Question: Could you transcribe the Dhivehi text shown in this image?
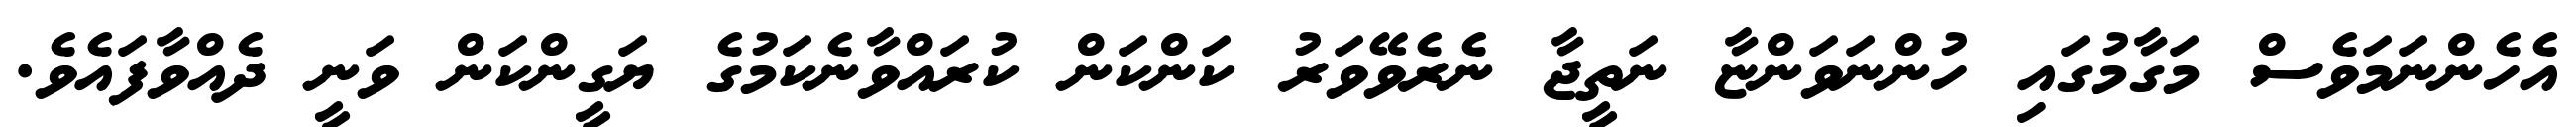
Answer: އެހެންނަމަވެސް މަގާމުގައި ހުންނަވަންޏާ ނަތީޖާ ނެރެވޭވަރު ކަންކަން ކުރައްވާނެކަމުގެ ޔަގީންކަން ވަނީ ދެއްވާފައެވެ.